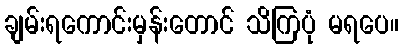
ချမ်းရကောင်းမှန်းတောင် သိကြပုံ မရပေ။